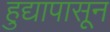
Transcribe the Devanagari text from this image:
हुद्यापासून